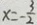
x = - \frac { 3 } { 2 }